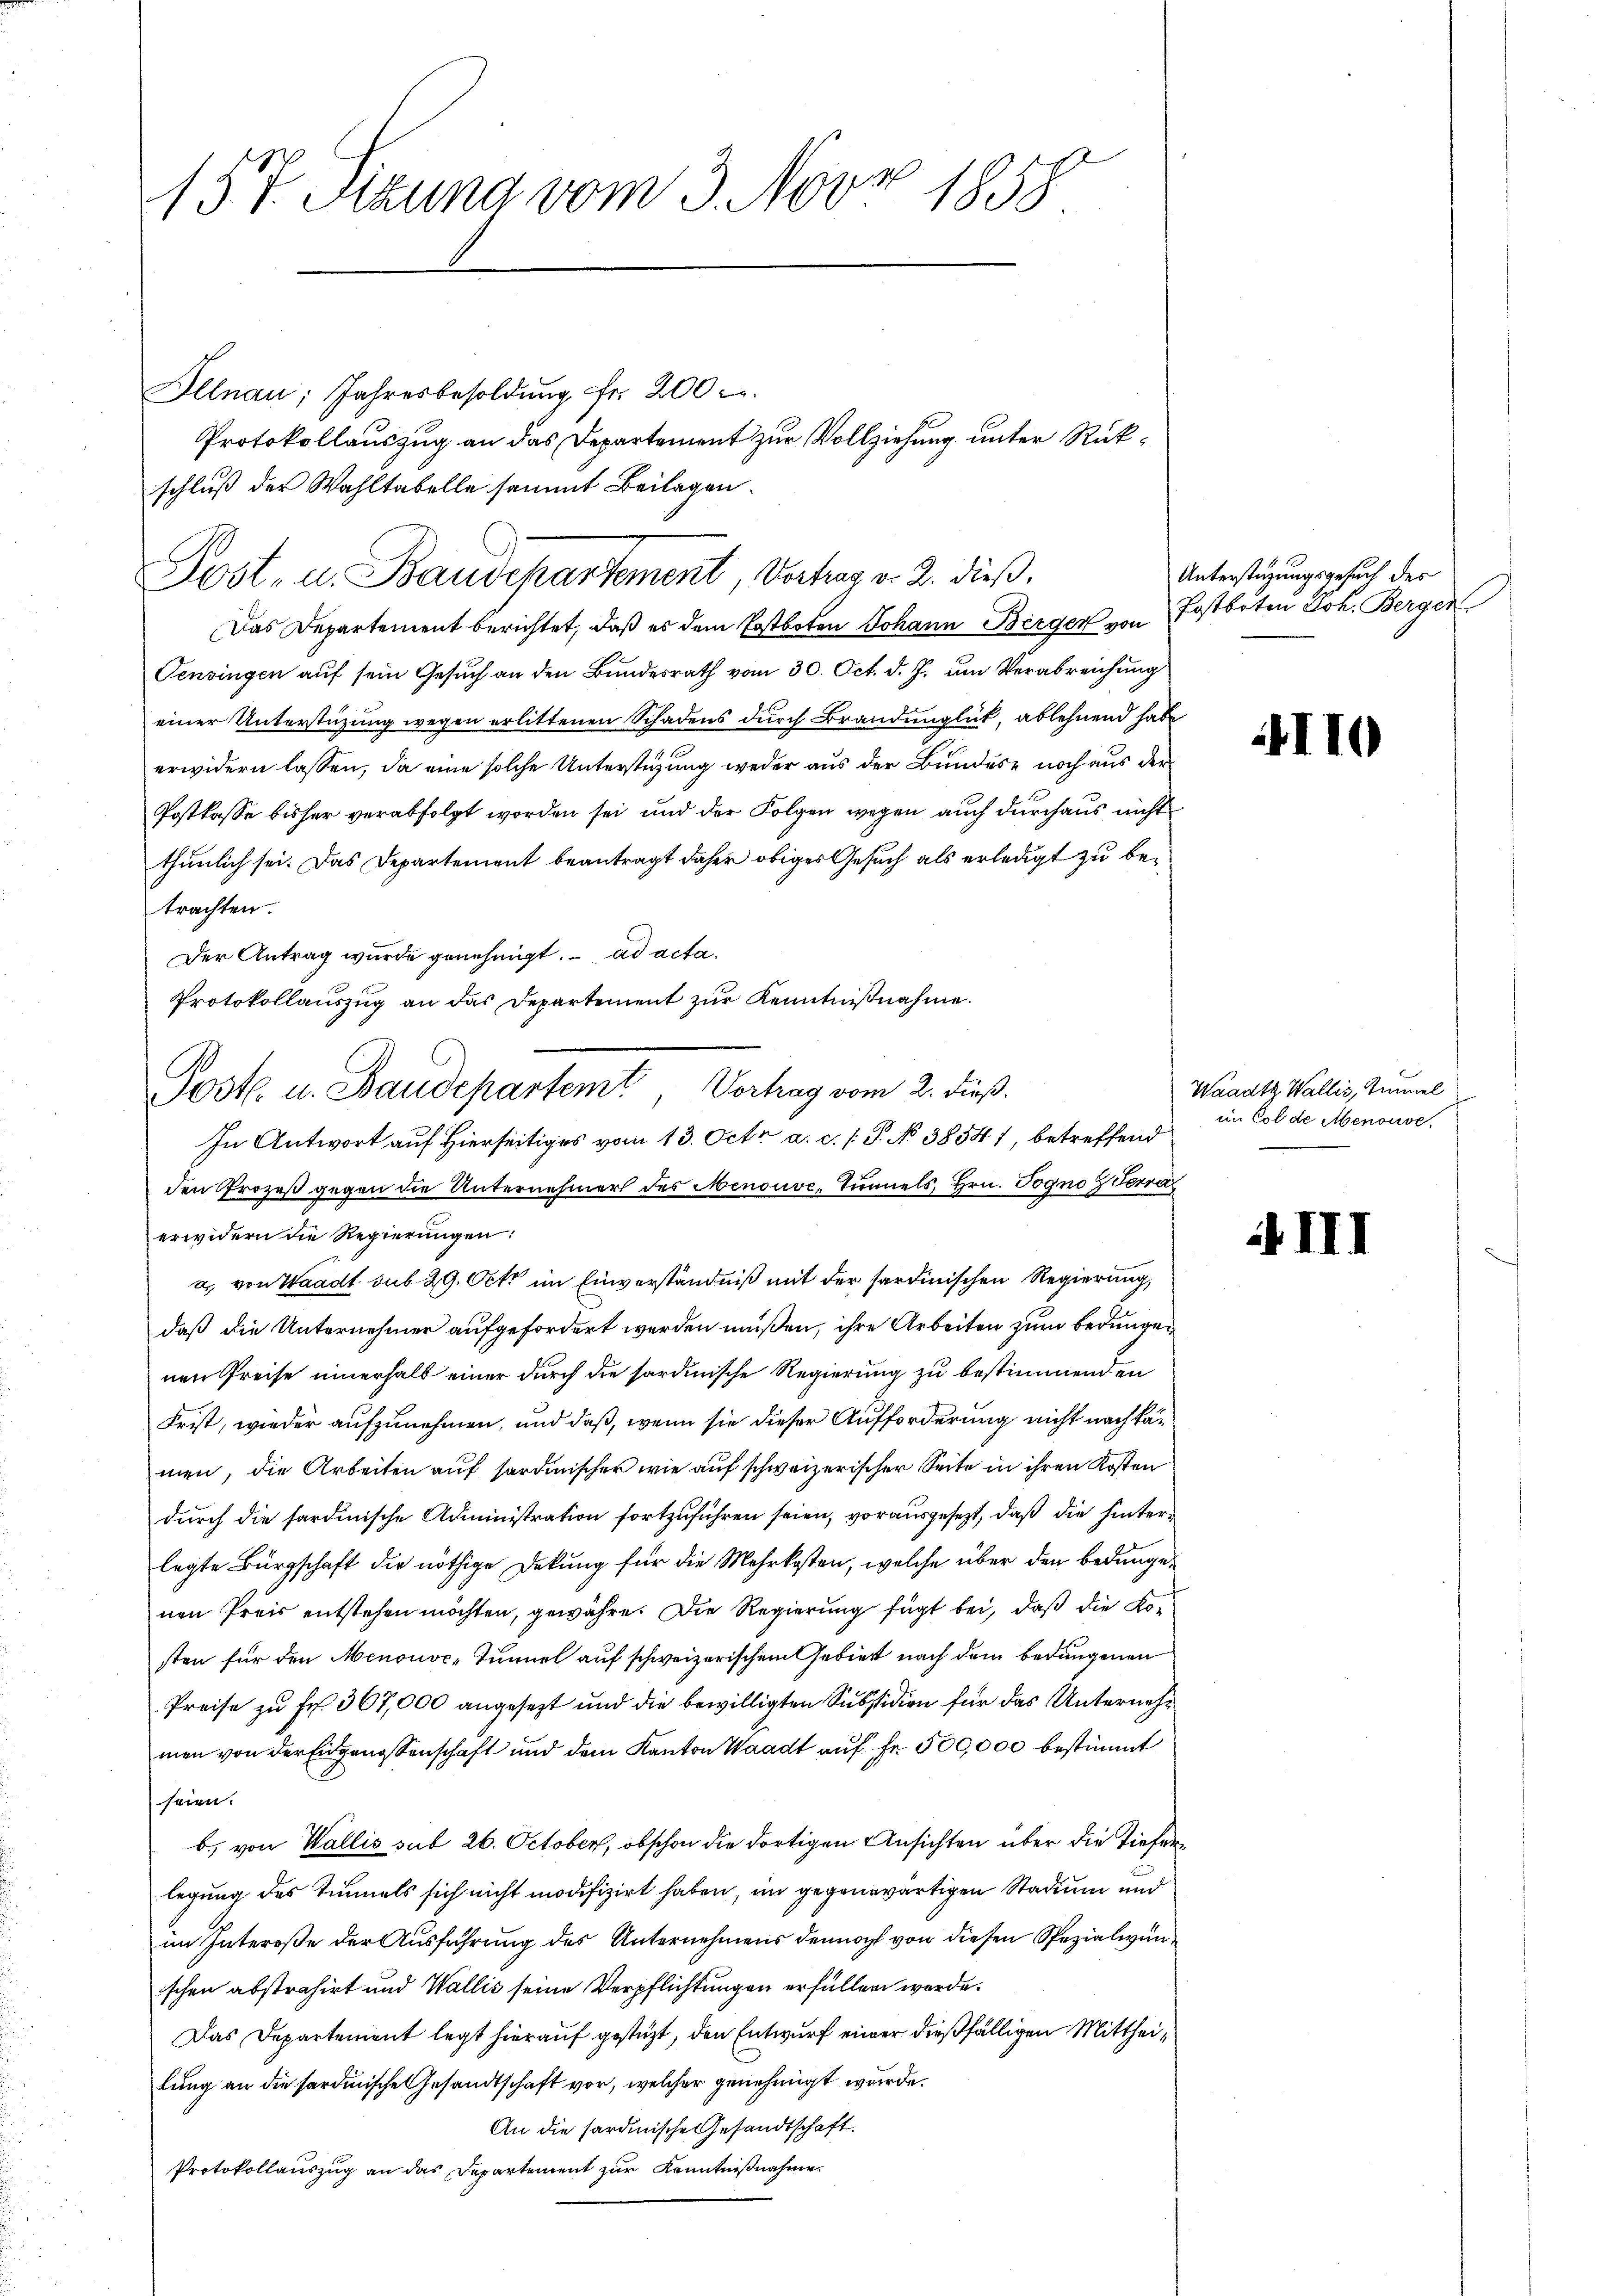
157. Sizung vom 3. Novz 1858

Illnau, Jahresbesoldŭng fr. 200 r.
schluß der Wahltabelle sammt Beilagen.
Das Departement berichtet, daß es dem Postboten Johann Berger von Postboten Joh. Bergen
Pensingen auf sein Gesuch an den Bundesrath vom 30. Oct. d. J. um Verabreichung
einer Unterstützung wegen erlittenen Schadens durch Brandunglück, ablehnend habe
erwidern lassen, da eine solche Unterstüzung weder aus der Bundese noch aus der
Postkasse bisher verabfolgt worden sei und der Folgen wegen auch durchaus nicht
thunlich sei. Das Departement beantragt daher obiger Gesuch als erledigt zu betrachten.
Der Antrag wurde genehmigt. ad acta.
Protokollauszug an das Departement zur Kenntnißnahme.
In Antwort auf Hierseitiges vom 13. Octr a. c. /: P. No 38541, betreffend
den Prozeß gegen die Unternehmer des Menouve, Tunnels, Hrn. Pogno Terra
erwidern die Regierungen:
a, von Waadt. sub 29. Octt im Einverständniß mit der sardinischen Regierung,
daß die Unternehmer aufgefordert werden müßen, ihre Arbeiten zum bedungen
nen Preise innerhalb einer durch die sardinische Regierung zu bestimmenden
Frist, wieder aufzunehmen, und daß, wenn sie dieser Aufforderung nicht nach kanmen, die Arbeiten auf sordinischen wie auf schweizerischer Seite in ihren Kosten
durch die sardinische Administration fortzuführen seien, vorausgesezt, daß die hinterlegte Bürgschaft die nöthige Dekung für die Mehrkosten, welche über den bedungenen Preis entstehen möchten, gewähre. Die Regierung fügt bei, daß die Kosten für den Menouve-Tunnel auf schweizerischem Gebiert nach dem bedungenen
Preise zu Fr. 367,000 angesezt und die bewilligten Substition für das Unternehmen von der Eidgenossenschaft und dem Kanton Waadt auf Fr. 500,000 bestimmt
seien.
b. von Wallis sub 26. October, obschon die dortigen Ansichten über die Tiefen
legung des Zimmels sich nicht modifizirt haben, im gegenwärtigen Stadium und
im Intereße der Ausführung des Unternehmens dennoch von diesen Spezialwunschen abstrahirt und Wallis seine Verpflichtungen erfüllen werde.
Das Departement legt hierauf gestüzt, den Entwurf einer dießfälligen Mittheilung an die sardinische Gesandtschaft vor, welcher genehmigt wurde.
An die sardinische Gesandtschaft.
Protokollauszug an das Departement zur Kenntnißnahme

Post- u. Baudepartement, Vertrag v. 2. dieß.

Post. u. Baudepartemt Vortrag vom 2. dieß.

Protokollauszug an das Departement zur Vollziehung unter Rück¬

Unterstüzungsgesuch des

II

Waadt Wallis, Tunnel
im Col de Menouve

if. II.

¬